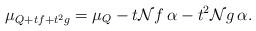
LaTeX: \begin{align*}\mu_{Q+tf+t^{2}g}=\mu_{Q}-t\mathcal{N}f\,\alpha-t^{2}\mathcal{N}g\,\alpha.\end{align*}